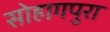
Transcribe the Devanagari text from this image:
सोहागपुरा